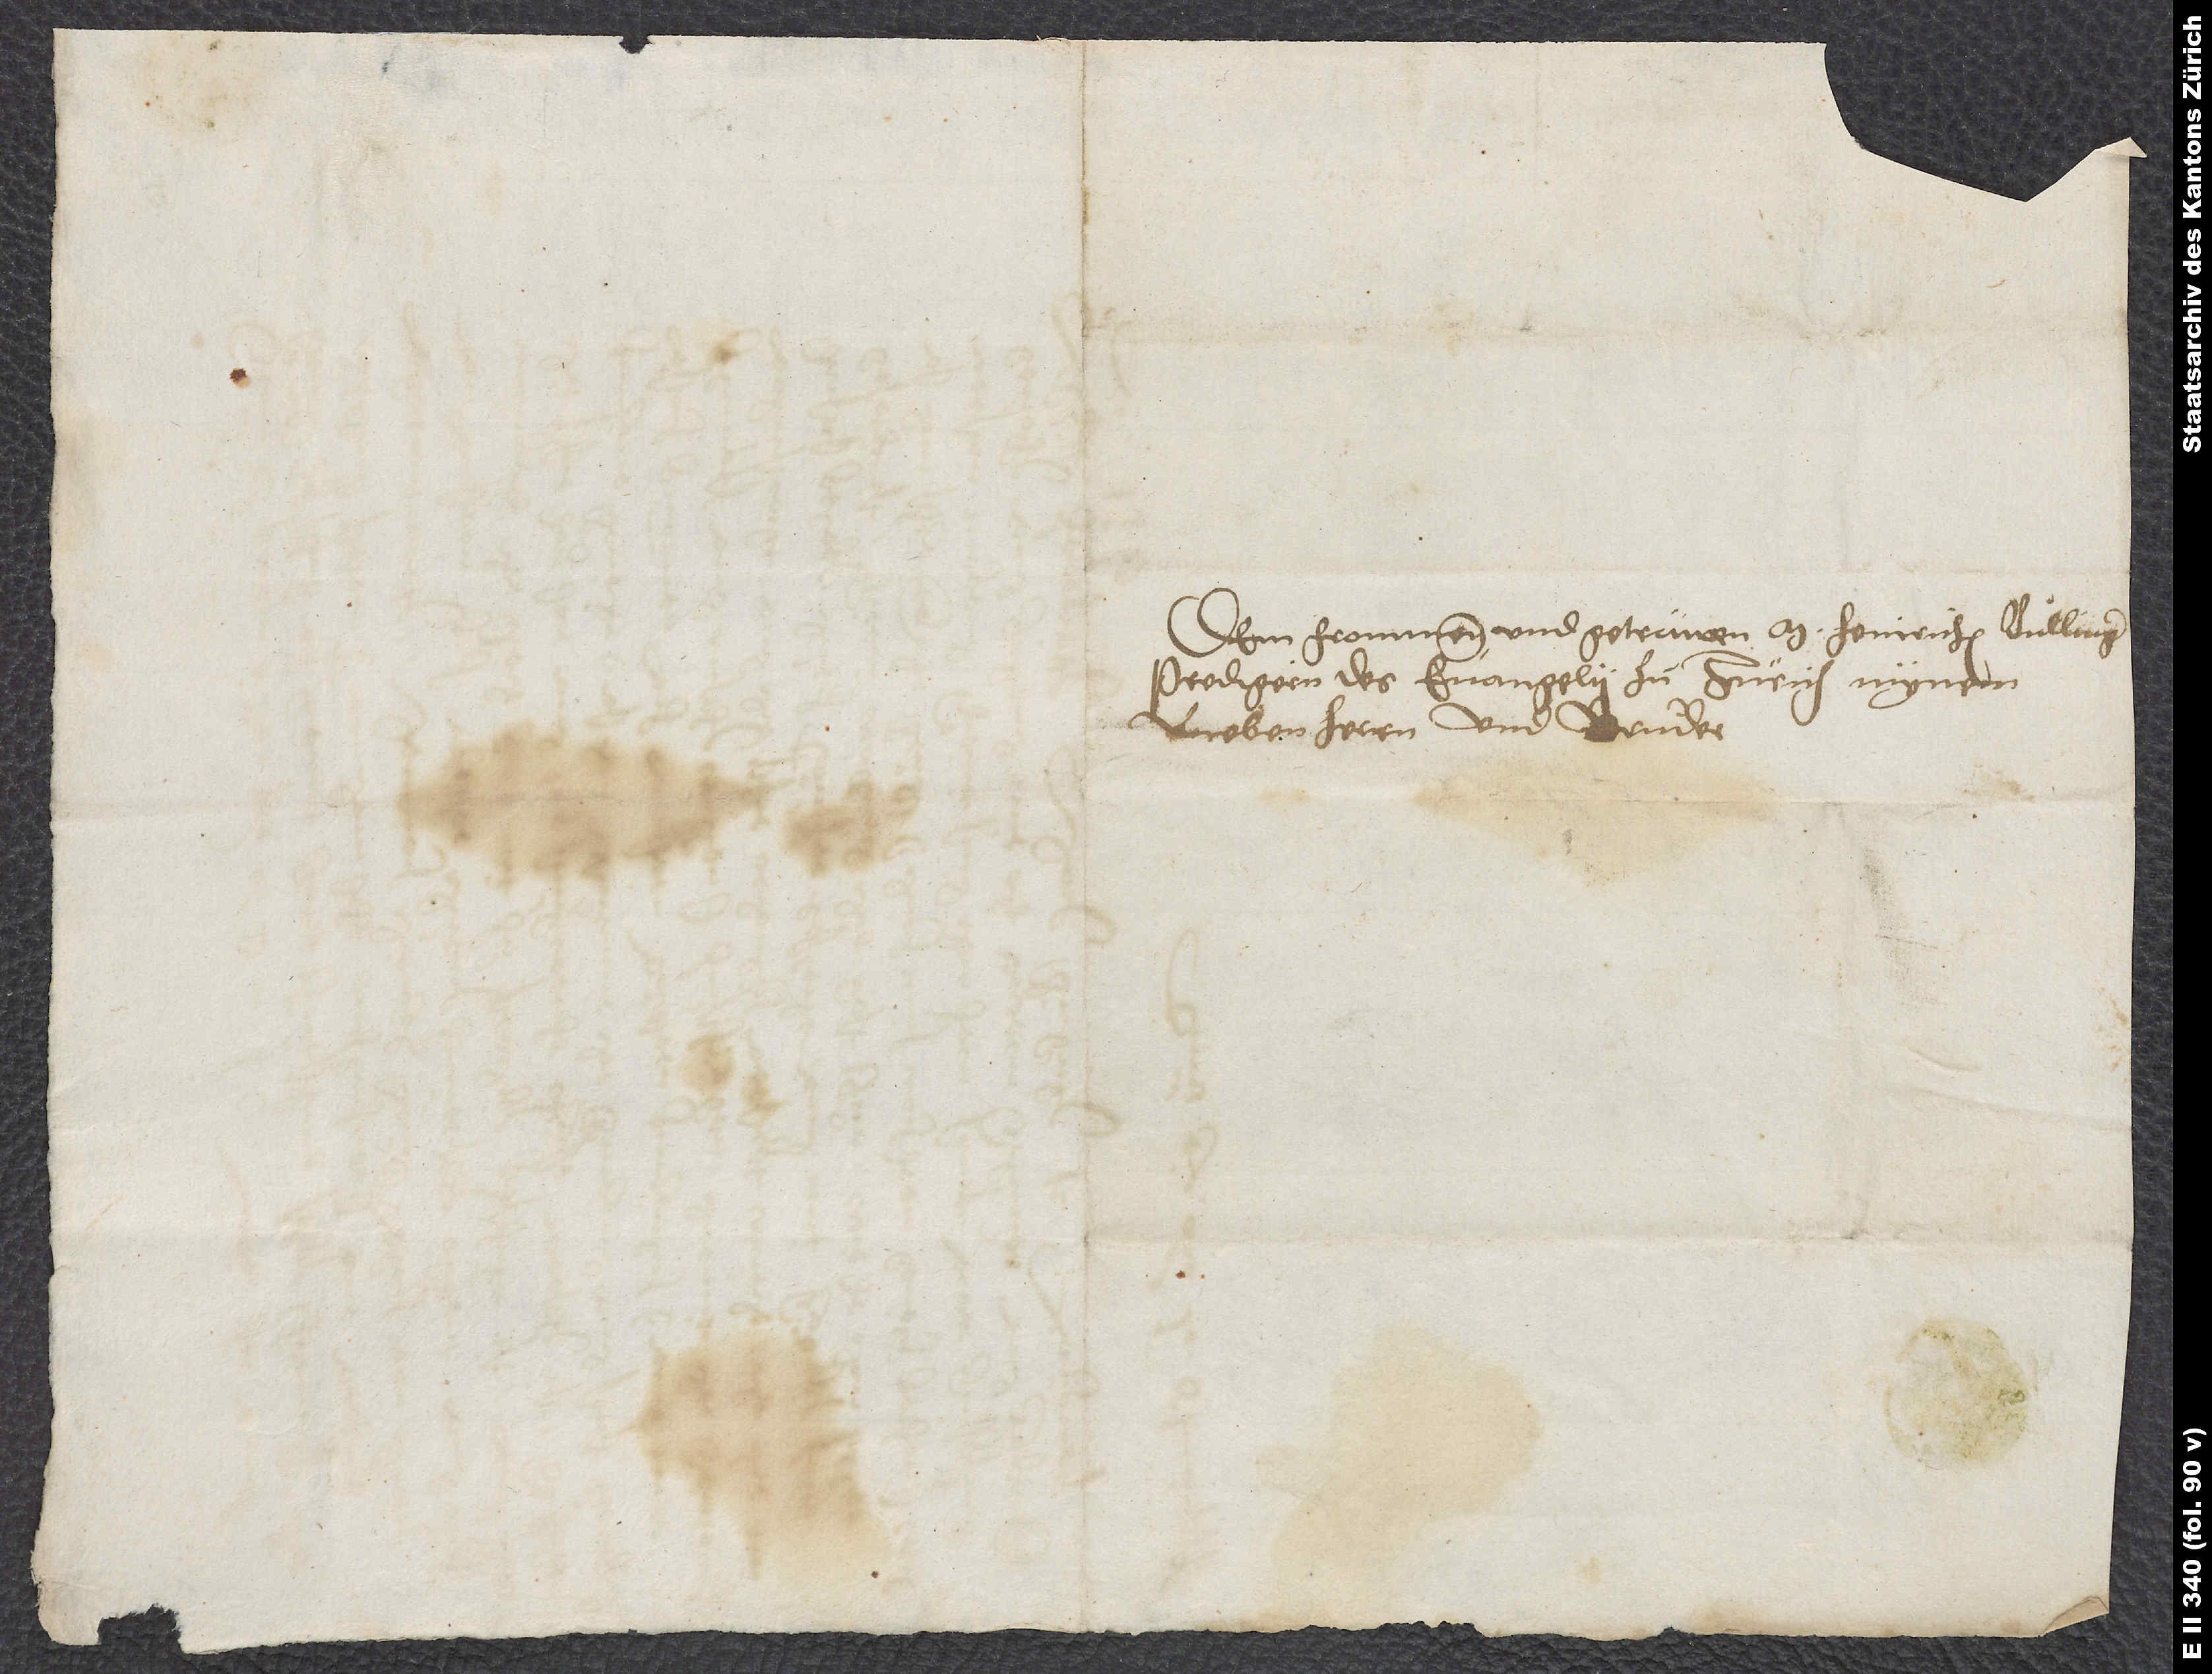
Dem frommen und getrüwen M. Heinrichen Bullinger,
predigern des evangelii zu Zürich, mynem
lieben herrn und bruͦder.